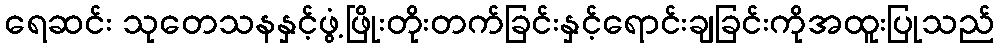
ရေဆင်း သုတေသနနှင့်ဖွံ့ဖြိုးတိုးတက်ခြင်းနှင့်ရောင်းချခြင်းကိုအထူးပြုသည်